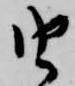
由